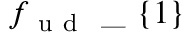
f _ { \mathrm { ~ u ~ d ~ } } \mathrm { ~ \_ ~ } \{ 1 \}